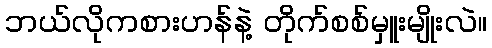
ဘယ်လိုကစားဟန်နဲ့ တိုက်စစ်မှူးမျိုးလဲ။